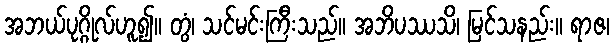
အဘယ်ပုဂ္ဂိုလ်ဟူ၍။ တွံ၊ သင်မင်းကြီးသည်။ အဘိပဿသိ၊ မြင်သနည်း။ ရာဇ၊